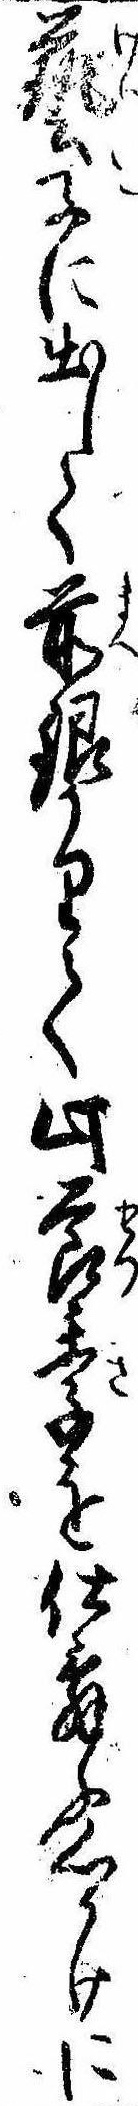
芸子に出して前銀かりて此節季を仕舞ふ心かけに